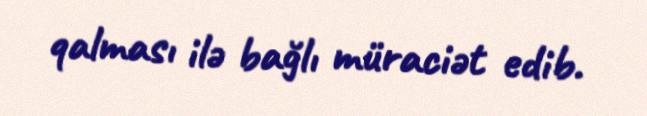
qalması ilə bağlı müraciət edib.